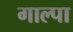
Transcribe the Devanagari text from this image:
गाल्पा